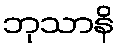
ဘုသာနိ